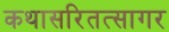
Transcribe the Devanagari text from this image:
कथासरितत्सागर